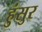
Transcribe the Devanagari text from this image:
हुंसुर